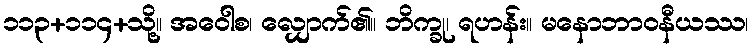
၁၁၃+၁၁၄+သို့။ အဝေါစ၊ လျှောက်၏။ ဘိက္ခု၊ ရဟန်း။ မနောဘာဝနီယဿ၊